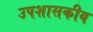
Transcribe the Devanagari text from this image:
उपशासकीय